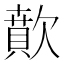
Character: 歕